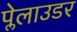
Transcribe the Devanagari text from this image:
प्लेलाउडर